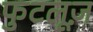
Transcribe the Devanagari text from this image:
फुटलूज़